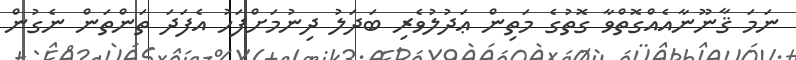
ނަމަ ޤާނޫނާއެއްގޮތްވާ ގޮތުގެ މަތިން ޢަދުލުވެރި ބަދަލު ދިނުމަށްފަހު އެފަދަ ތަންތަން ނެގުން